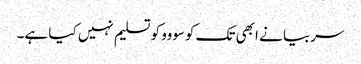
سربیا نے ابھی تک کوسووو کو تسلیم نہیں کیا ہے۔